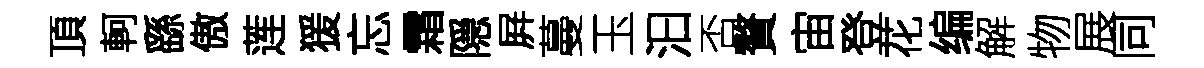
頂軻繇傲莲猨忘霜隠屛蔓玉汩否贅宙登花编解物展同